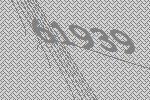
61939